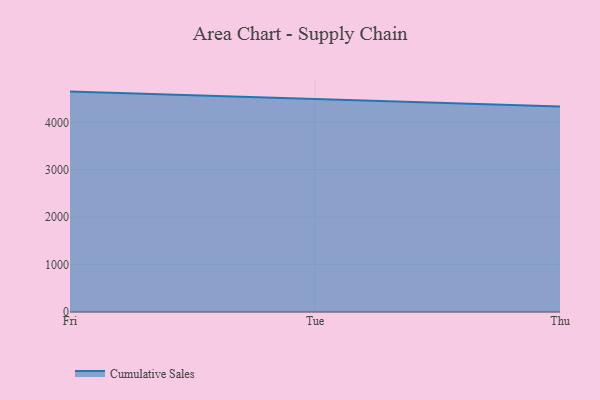
{"axis": {"x": "Day", "y": "Page Views"}, "legend": ["Cumulative Sales"], "data": [{"x": "Fri", "y": 4648.2, "type": "Cumulative Sales"}, {"x": "Tue", "y": 4482.9, "type": "Cumulative Sales"}, {"x": "Thu", "y": 4331.8, "type": "Cumulative Sales"}]}